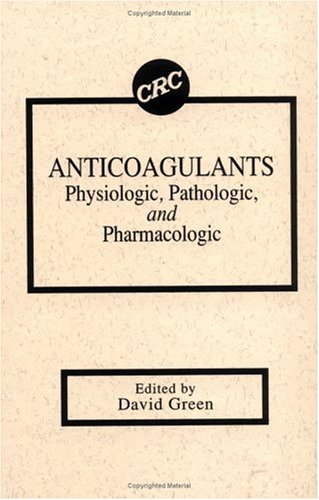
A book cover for AnticoagulantsPhysiologic, Pathologic, and Pharmacologic; David Green; Medical Books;